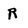
Character: r